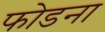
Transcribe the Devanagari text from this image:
फोडना